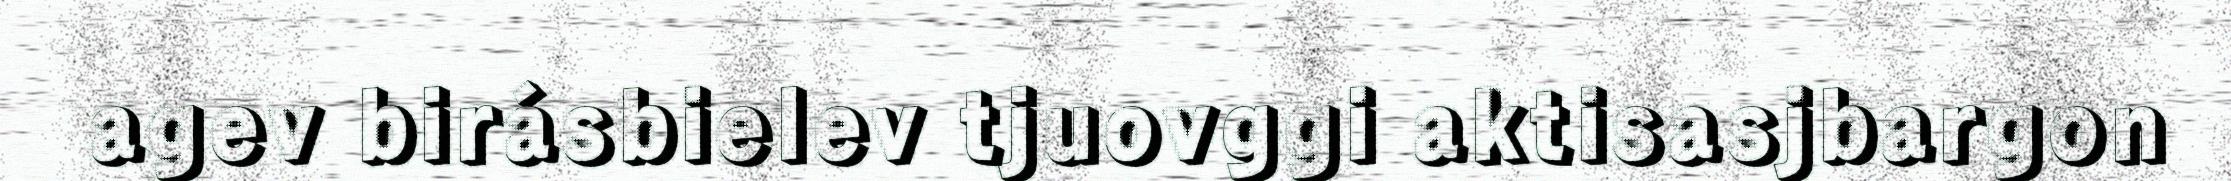
agev birásbielev tjuovggi aktisasjbargon